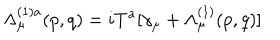
\Lambda _ { \mu } ^ { ( 1 ) a } ( p , q ) = i T ^ { a } [ \gamma _ { \mu } + \Lambda _ { \mu } ^ { ( 1 ) } ( p , q ) ]